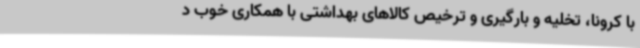
با کرونا، تخلیه و بارگیری و ترخیص کالاهای بهداشتی با همکاری خوب د